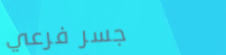
جسر فرعي